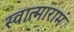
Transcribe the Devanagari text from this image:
स्वात्मारामं